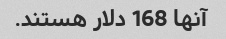
آنها 168 دلار هستند.